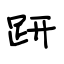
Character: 趼